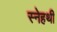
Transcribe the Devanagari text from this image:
स्नेहथी